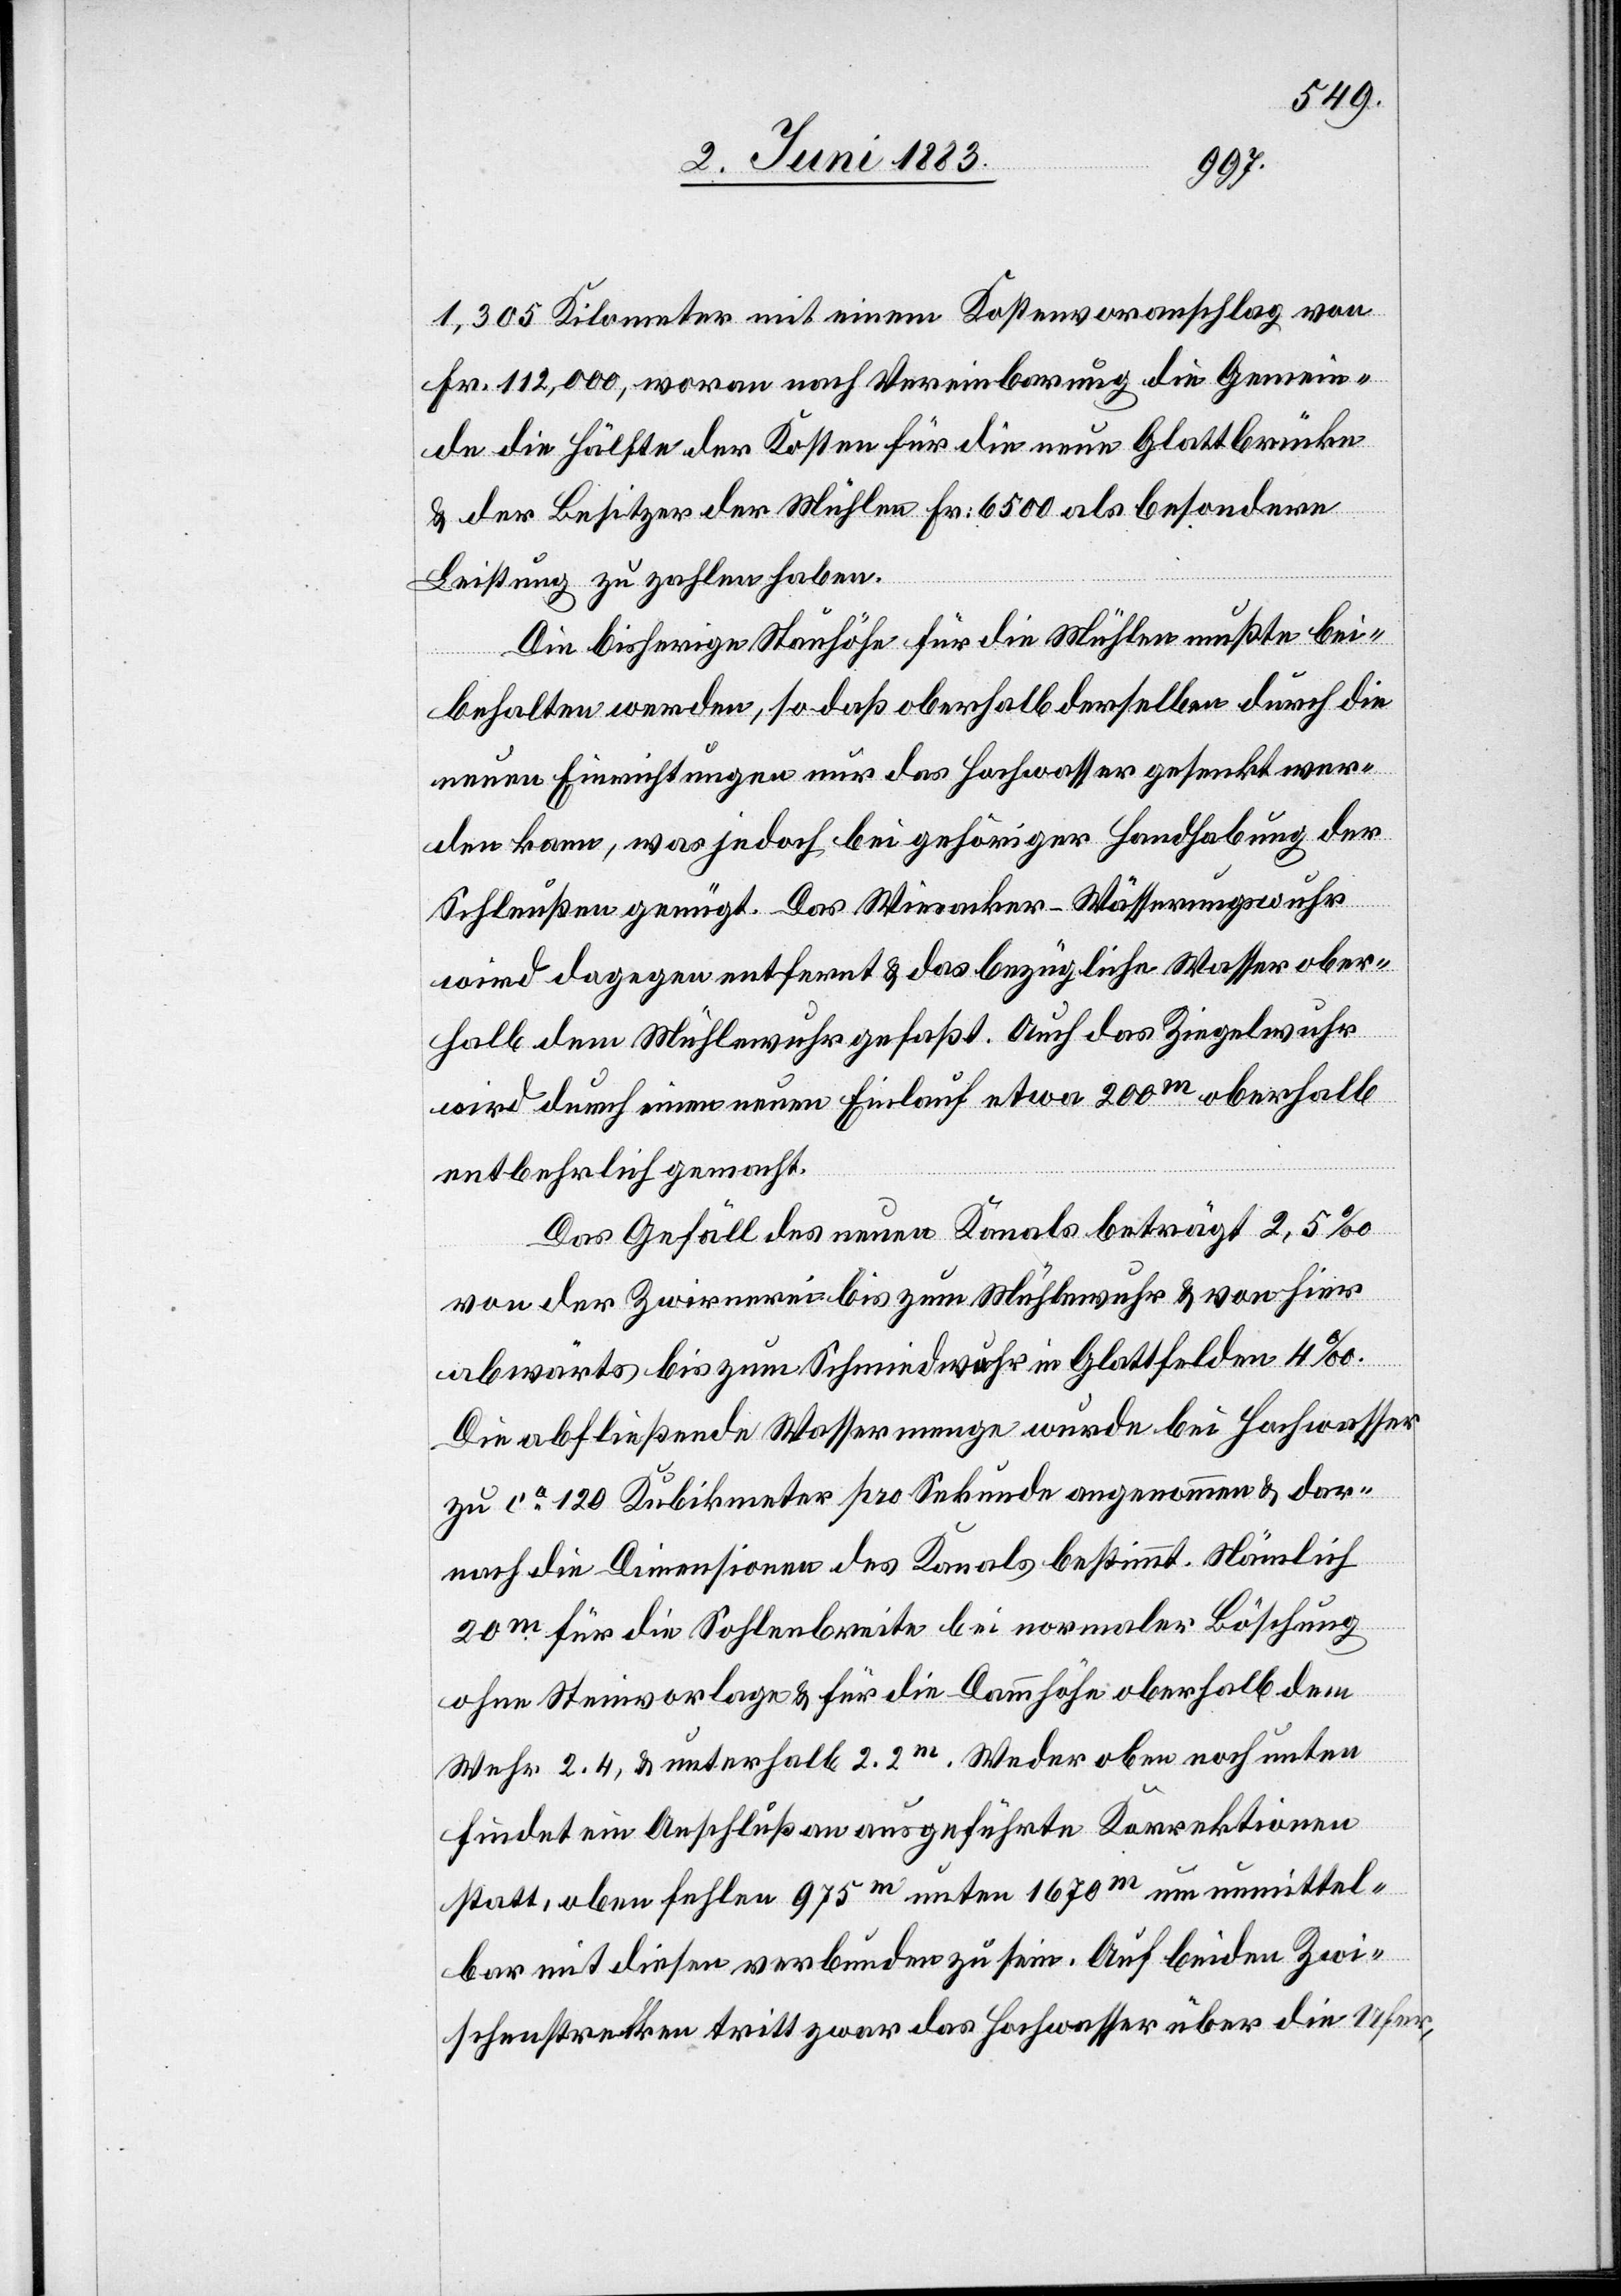
1,305 Kilometer mit einem Kostenvoranschlag von
Fr. 112,000, woran nach Vereinbarung die Gemein¬
de die Hälfte der Kosten für die neue Glattbrücke
& der Besitzer der Mühlen Fr. 6500 als besondere
Leistung zu zahlen haben.
Die bisherige Neuhöhe für die Mühlen mußte bei¬
behalten werden, so daß oberhalb derselben durch die
neuen Einrichtungen nur das Hochwasser gesenkt wer¬
den kann, was jedoch bei gehöriger Handhabung der
Schleußen genügt. Das Wiesacker-Wäßerungswuhr
wird dagegen entfernt & das bezügliche Wasser ober¬
halb dem Mühlewuhr gefaßt. Auch das Ziegelwuhr
wird durch einen neuen Einlauf etwa 200m oberhalb
entbehrlich gemacht.
Das Gefäll des neuen Kanals beträgt 2,5‰
von der Zwirnerei bis zum Mühlewuhr & von hier
abwärts bis zum Schmidwuhr in Glattfelden 4‰.
Die abfließende Wassermenge wurde bei Hochwasser
zu ca 120 Kubikmeter pro Sekunde angenommen & dar¬
nach die Dimensionen des Kanals bestimmt. Nämlich
20m für die Sohlenbreite bei normaler Böschung
ohne Steinvorlage & für die Dammhöhe oberhalb dem
Wehr 2.4, & unterhalb 2.2m. Weder oben noch unten
findet ein Anschluß an ausgeführte Korrektionen
statt, oben fehlen 975m unten 1670m um unmittel¬
bar mit diesen verbunden zu sein. Auf beiden Zwi¬
schenstrecken tritt zwar das Hochwasser über die Ufer,